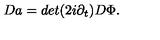
D a = d e t ( 2 i \partial _ { t } ) D \Phi .